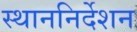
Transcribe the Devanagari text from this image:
स्थाननिर्देशन